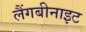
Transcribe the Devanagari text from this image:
लैंगबीनाइट